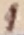
Text: 1